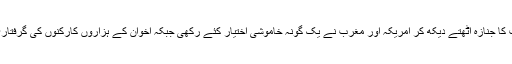
قریبی اور قابل اعتماد عرب اتحادی ملک میں جمہوریت کا جنازہ اٹھتے دیکھ کر امریکہ اور مغرب نے یک گونہ خاموشی اختیار کئے رکھی جبکہ اخوان کے ہزاروں کارکنوں کی گرفتاری پر بھی انسانی حقوق کے عالمی اداے خاموش رہے ۔